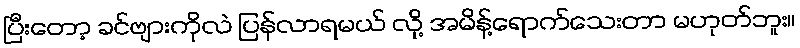
ပြီးတော့ ခင်ဗျားကိုလဲ ပြန်လာရမယ် လို့ အမိန့်ရောက်သေးတာ မဟုတ်ဘူး။